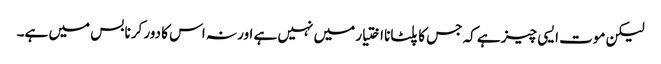
لیکن موت ایسی چیز ہے کہ جس کا پلٹانا اختیار میں نہیں ہے اور نہ اس کا دور کرنا بس میں ہے۔